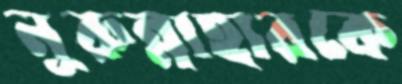
নূরুন্নাহারকে